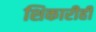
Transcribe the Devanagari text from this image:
शिकारीही